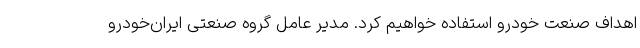
اهداف صنعت خودرو استفاده خواهیم کرد. مدیر عامل گروه صنعتی ایران‌خودرو